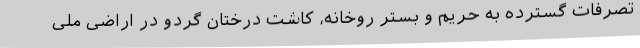
تصرفات گسترده به حریم و بستر روخانه، کاشت درختان گردو در اراضی ملی